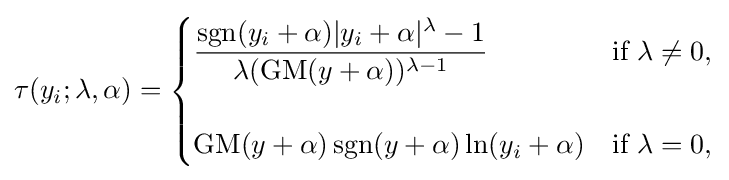
\tau (y_{i};\lambda ,\alpha )={\begin{cases}{\dfrac {\operatorname {sgn} (y_{i}+\alpha )|y_{i}+\alpha |^{\lambda }-1}{\lambda (\operatorname {GM} (y+\alpha ))^{\lambda -1}}}&{\text{if }}\lambda \neq 0,\\\\\operatorname {GM} (y+\alpha )\operatorname {sgn} (y+\alpha )\ln(y_{i}+\alpha )&{\text{if }}\lambda =0,\end{cases}}